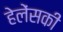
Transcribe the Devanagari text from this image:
हेलेंसकी